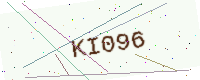
Text: KI096